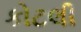
કોટલી